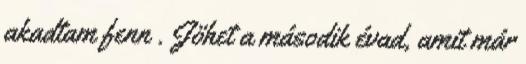
akadtam fenn . Jöhet a második évad, amit már